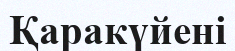
Қаракүйені